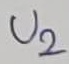
Text: U2